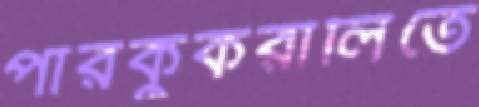
পারকুকরালিতে